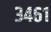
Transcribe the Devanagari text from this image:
३४६१